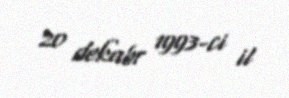
20 dekabr 1993-ci il